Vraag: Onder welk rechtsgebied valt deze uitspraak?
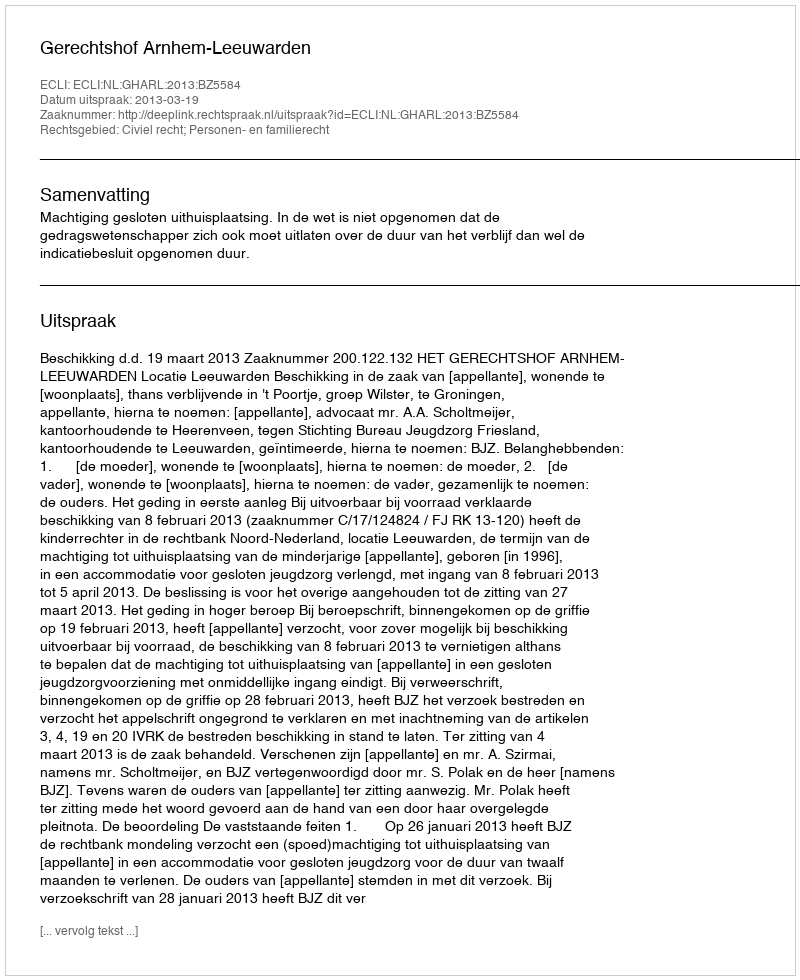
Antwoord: Civiel recht; Personen- en familierecht